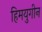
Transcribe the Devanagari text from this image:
हिमयुगीन